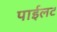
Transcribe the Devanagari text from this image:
पाईलट